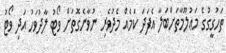
ތަހުގީގުގެ މަޢުލޫމާތަށްބަލާ އެފަދަ ކަމެއް މެދުވެރި ނުވާނެގޮތަށް ވޯޓު ލާދުވަހު އަދި ވޯޓު